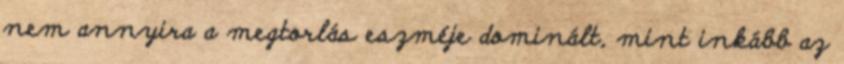
nem annyira a megtorlás eszméje dominált, mint inkább az